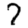
Digit: 7